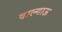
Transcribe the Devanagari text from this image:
वाल्गाऊ